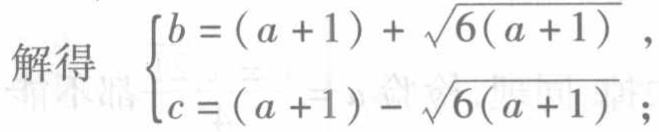
解得
\(\begin{cases}
b=(a + 1)+\sqrt{6(a + 1)},\\
c=(a + 1)-\sqrt{6(a + 1)};
\end{cases}\)